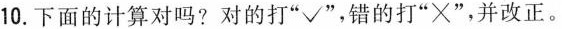
10.下面的计算对吗?对的打”√”，错的打”×”，并改正。